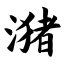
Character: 潴